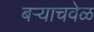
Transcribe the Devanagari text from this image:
बऱ्याचवेळ